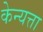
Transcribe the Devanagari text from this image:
केन्यत्ता